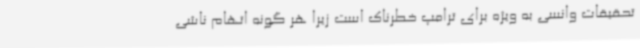
تحقیقات وانسی به ویژه برای ترامپ خطرناک است زیرا هر گونه اتهام ناشی